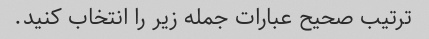
ترتیب صحیح عبارات جمله زیر را انتخاب کنید.